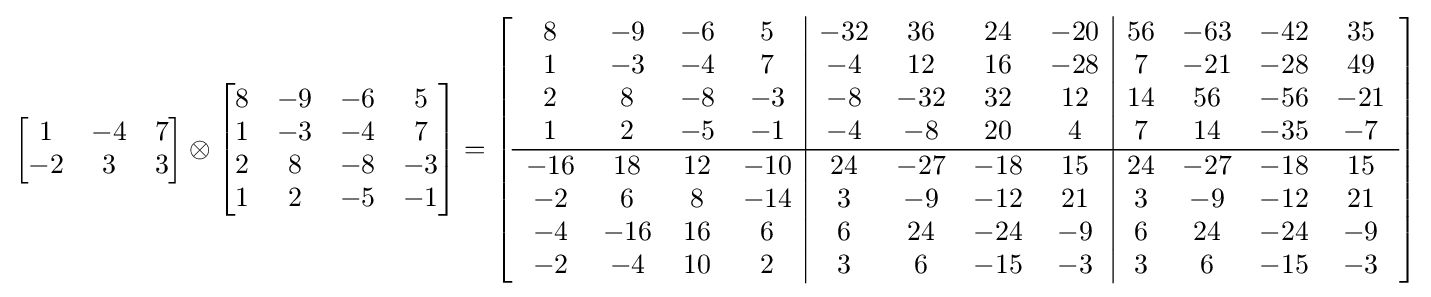
{\begin{bmatrix}1&-4&7\\-2&3&3\end{bmatrix}}\otimes {\begin{bmatrix}8&-9&-6&5\\1&-3&-4&7\\2&8&-8&-3\\1&2&-5&-1\end{bmatrix}}=\left[{\begin{array}{cccc|cccc|cccc}8&-9&-6&5&-32&36&24&-20&56&-63&-42&35\\1&-3&-4&7&-4&12&16&-28&7&-21&-28&49\\2&8&-8&-3&-8&-32&32&12&14&56&-56&-21\\1&2&-5&-1&-4&-8&20&4&7&14&-35&-7\\\hline -16&18&12&-10&24&-27&-18&15&24&-27&-18&15\\-2&6&8&-14&3&-9&-12&21&3&-9&-12&21\\-4&-16&16&6&6&24&-24&-9&6&24&-24&-9\\-2&-4&10&2&3&6&-15&-3&3&6&-15&-3\end{array}}\right]